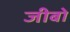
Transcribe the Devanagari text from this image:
जीबो